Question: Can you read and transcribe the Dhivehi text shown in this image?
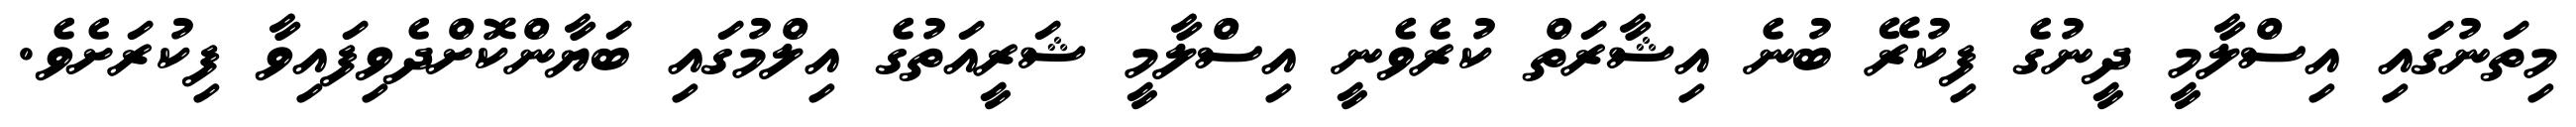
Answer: މިތަނުގައި އިސްލާމީ ދީނުގެ ފިކުރޭ ބުނެ އިޝާރަތް ކުރެވެނީ އިސްލާމީ ޝަރީއަތުގެ އިލްމުގައި ބަޔާންކޮށްދެވިފައިވާ ފިކުރަށެވެ.